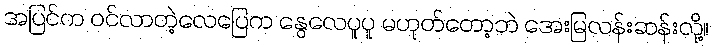
အပြင်က ဝင်လာတဲ့လေပြေက နွေလေပူပူ မဟုတ်တော့ဘဲ အေးမြလန်းဆန်းလို့။